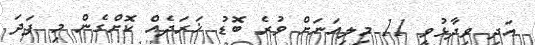
އަދި ވިދާޅުވީ 11 މިލިއަނަށް ވުރެ ބޮޑު ޚަރަދެއް ކޮށްގެން މި ފަދަ